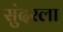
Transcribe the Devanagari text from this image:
सुंदरला